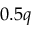
0 . 5 q